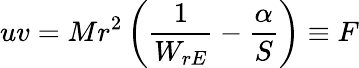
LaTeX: uv=Mr^{2}\left(\frac{1}{W_{rE}}-\frac{\alpha}{S}\right)\equiv F